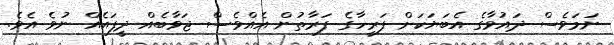
ނަމަވެސް ދައުވާގެ އެބަޔަކަށް ފަރީހާގެ ފަރާތުން އެއްވެސް ޖަވާބެއް ދީފައެއް ނުވެ އެވެ.